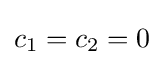
c_{1}=c_{2}=0